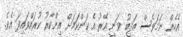
އެހެން ނަމަވެސް އަދީބު ވަނީ އޭރު އެ ކަންކަމަށް އިންކާރު ކުރައްވައިފަ އެވެ.